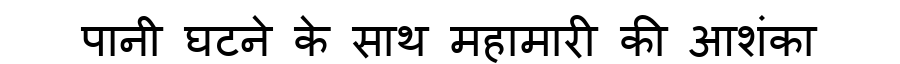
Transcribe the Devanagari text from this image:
पानी घटने के साथ महामारी की आशंका